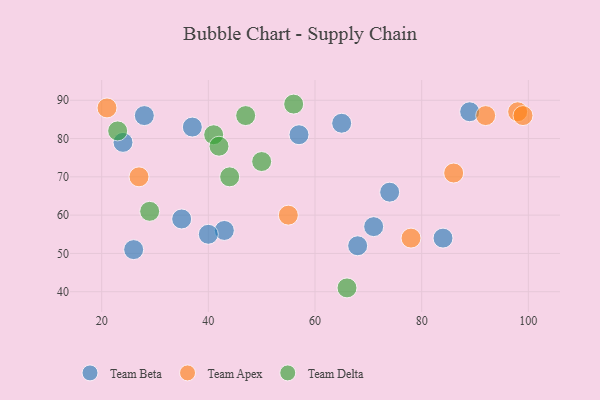
{"axis": {"x": "GDP", "y": "Life Expectancy"}, "legend": ["Team Apex", "Team Beta", "Team Delta"], "data": [{"x": "71", "y": 57, "type": "Team Beta"}, {"x": "37", "y": 83, "type": "Team Beta"}, {"x": "65", "y": 84, "type": "Team Beta"}, {"x": "74", "y": 66, "type": "Team Beta"}, {"x": "24", "y": 79, "type": "Team Beta"}, {"x": "35", "y": 59, "type": "Team Beta"}, {"x": "68", "y": 52, "type": "Team Beta"}, {"x": "43", "y": 56, "type": "Team Beta"}, {"x": "40", "y": 55, "type": "Team Beta"}, {"x": "26", "y": 51, "type": "Team Beta"}, {"x": "89", "y": 87, "type": "Team Beta"}, {"x": "84", "y": 54, "type": "Team Beta"}, {"x": "28", "y": 86, "type": "Team Beta"}, {"x": "57", "y": 81, "type": "Team Beta"}, {"x": "78", "y": 54, "type": "Team Apex"}, {"x": "98", "y": 87, "type": "Team Apex"}, {"x": "92", "y": 86, "type": "Team Apex"}, {"x": "27", "y": 70, "type": "Team Apex"}, {"x": "99", "y": 86, "type": "Team Apex"}, {"x": "55", "y": 60, "type": "Team Apex"}, {"x": "86", "y": 71, "type": "Team Apex"}, {"x": "21", "y": 88, "type": "Team Apex"}, {"x": "50", "y": 74, "type": "Team Delta"}, {"x": "47", "y": 86, "type": "Team Delta"}, {"x": "41", "y": 81, "type": "Team Delta"}, {"x": "66", "y": 41, "type": "Team Delta"}, {"x": "23", "y": 82, "type": "Team Delta"}, {"x": "44", "y": 70, "type": "Team Delta"}, {"x": "56", "y": 89, "type": "Team Delta"}, {"x": "29", "y": 61, "type": "Team Delta"}, {"x": "42", "y": 78, "type": "Team Delta"}]}